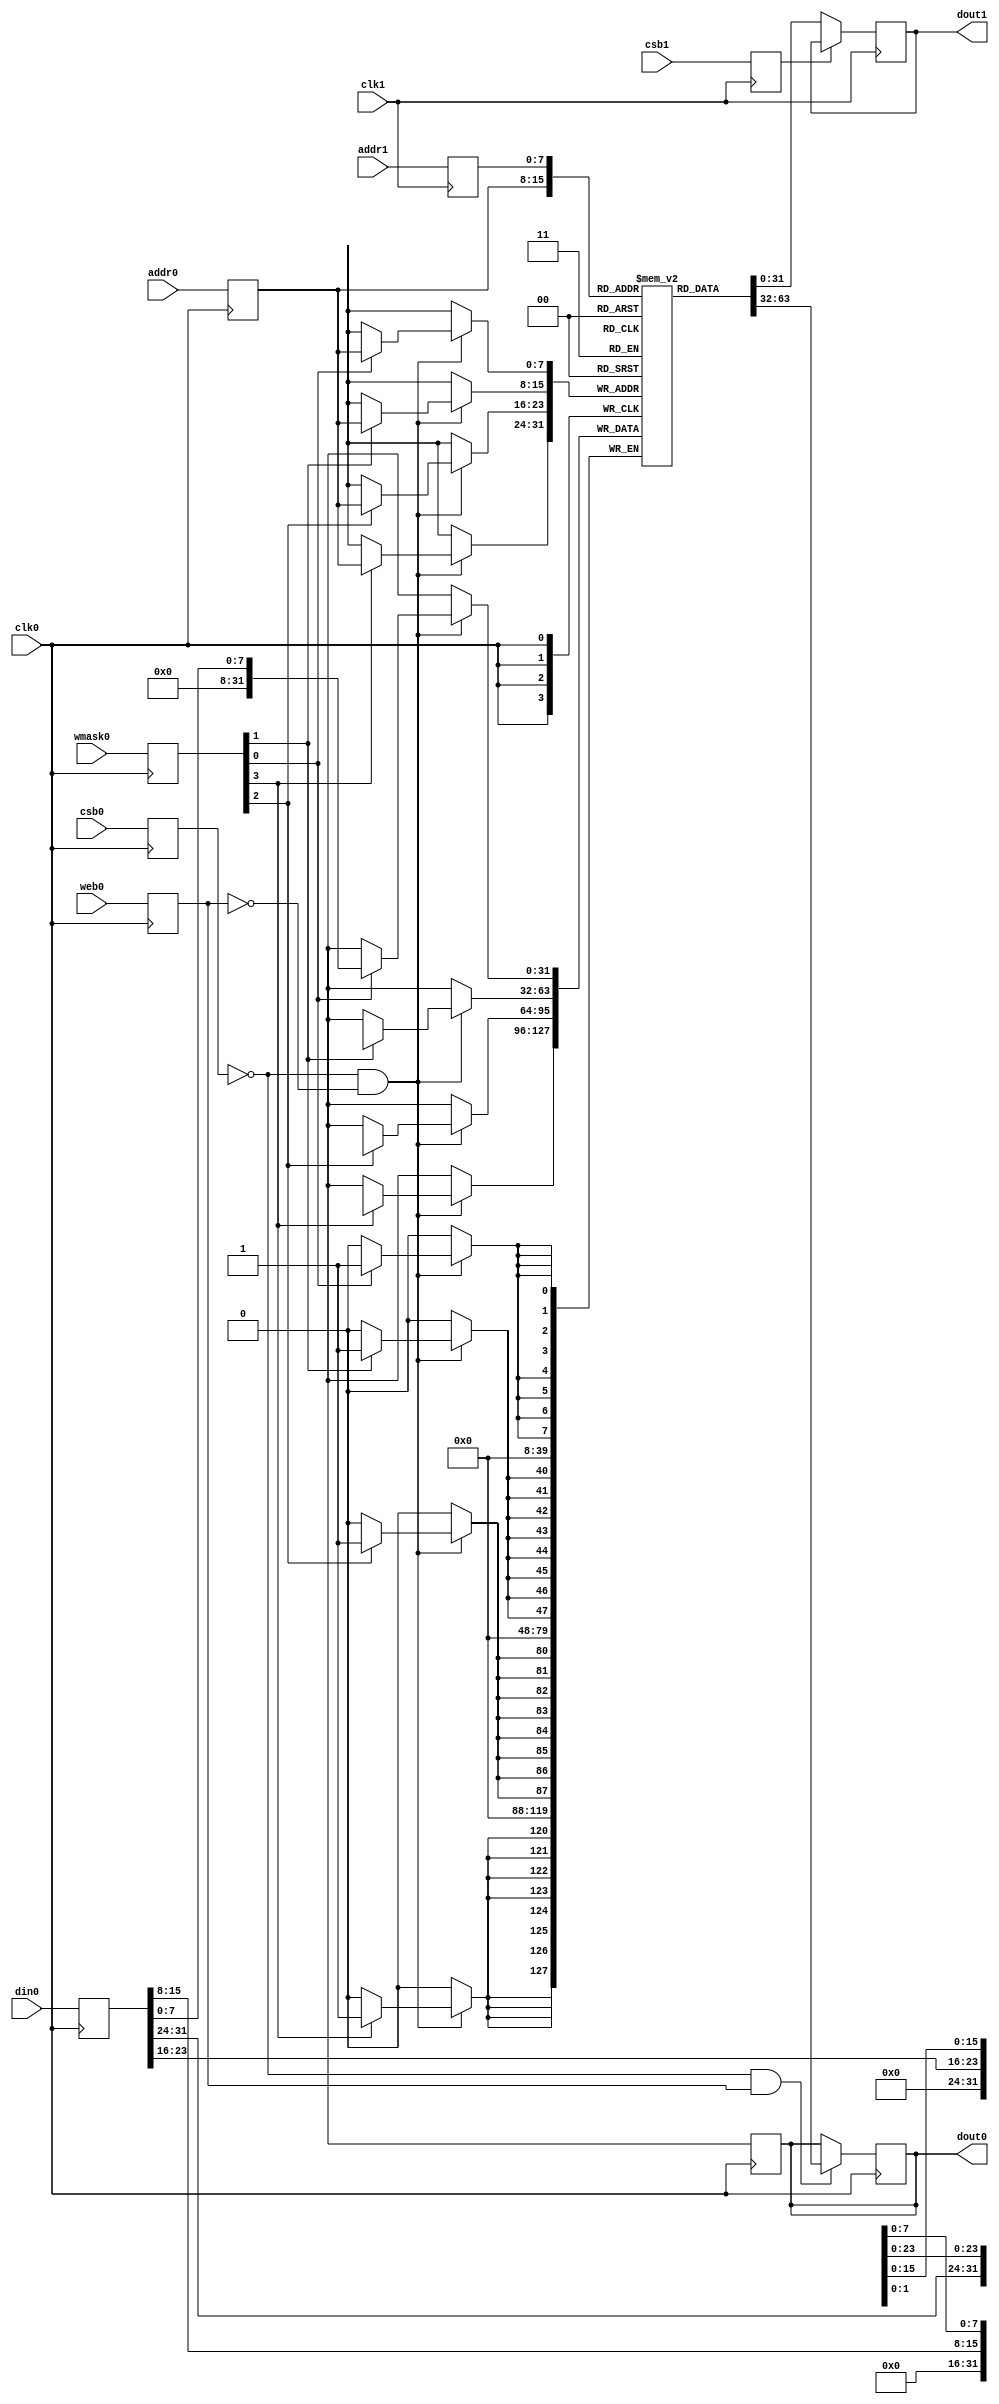
`default_nettype none
// OpenRAM SRAM model
// Words: 256
// Word size: 32
// Write size: 8

module sram_1rw1r_32_256_8_sky130(
`ifdef USE_POWER_PINS
	vdd,
	gnd,
`endif
// Port 0: RW
    clk0,csb0,web0,wmask0,addr0,din0,dout0,
// Port 1: R
    clk1,csb1,addr1,dout1
  );

  parameter NUM_WMASKS = 4 ;
  parameter DATA_WIDTH = 32 ;
  parameter ADDR_WIDTH = 8 ;
  parameter RAM_DEPTH = 1 << ADDR_WIDTH;
  // FIXME: This delay is arbitrary.
  parameter DELAY = 3 ;

`ifdef USE_POWER_PINS
  inout vdd;
  inout gnd;
`endif
  input  clk0; // clock
  input   csb0; // active low chip select
  input  web0; // active low write control
  input [NUM_WMASKS-1:0]   wmask0; // write mask
  input [ADDR_WIDTH-1:0]  addr0;
  input [DATA_WIDTH-1:0]  din0;
  output [DATA_WIDTH-1:0] dout0;
  input  clk1; // clock
  input   csb1; // active low chip select
  input [ADDR_WIDTH-1:0]  addr1;
  output [DATA_WIDTH-1:0] dout1;

  reg  csb0_reg;
  reg  web0_reg;
  reg [NUM_WMASKS-1:0]   wmask0_reg;
  reg [ADDR_WIDTH-1:0]  addr0_reg;
  reg [DATA_WIDTH-1:0]  din0_reg;
  reg [DATA_WIDTH-1:0]  dout0;

  // All inputs are registers
  always @(posedge clk0)
  begin
    csb0_reg = csb0;
    web0_reg = web0;
    wmask0_reg = wmask0;
    addr0_reg = addr0;
    din0_reg = din0;
    dout0 = 32'bx;
`ifdef DBG
    if ( !csb0_reg && web0_reg ) 
      $display($time," Reading %m addr0=%b dout0=%b",addr0_reg,mem[addr0_reg]);
    if ( !csb0_reg && !web0_reg )
      $display($time," Writing %m addr0=%b din0=%b wmask0=%b",addr0_reg,din0_reg,wmask0_reg);
`endif 
   end

  reg  csb1_reg;
  reg [ADDR_WIDTH-1:0]  addr1_reg;
  reg [DATA_WIDTH-1:0]  dout1;

  // All inputs are registers
  always @(posedge clk1)
  begin
    csb1_reg = csb1;
    addr1_reg = addr1;
`ifdef DBG
    if (!csb0 && !web0 && !csb1 && (addr0 == addr1))
         $display($time," WARNING: Writing and reading addr0=%b and addr1=%b simultaneously!",addr0,addr1);
    dout1 = 32'bx;
    if ( !csb1_reg ) 
      $display($time," Reading %m addr1=%b dout1=%b",addr1_reg,mem[addr1_reg]);
`endif  
   end

reg [DATA_WIDTH-1:0]    mem [0:RAM_DEPTH-1];

  // Memory Write Block Port 0
  // Write Operation : When web0 = 0, csb0 = 0
  always @ (negedge clk0)
  begin : MEM_WRITE0
    if ( !csb0_reg && !web0_reg ) begin
        if (wmask0_reg[0])
                mem[addr0_reg][7:0] = din0_reg[7:0];
        if (wmask0_reg[1])
                mem[addr0_reg][15:8] = din0_reg[15:8];
        if (wmask0_reg[2])
                mem[addr0_reg][23:16] = din0_reg[23:16];
        if (wmask0_reg[3])
                mem[addr0_reg][31:24] = din0_reg[31:24];
    end
  end

  // Memory Read Block Port 0
  // Read Operation : When web0 = 1, csb0 = 0
  always @ (negedge clk0)
  begin : MEM_READ0
    if (!csb0_reg && web0_reg)
       dout0 <= #(DELAY) mem[addr0_reg];
  end

  // Memory Read Block Port 1
  // Read Operation : When web1 = 1, csb1 = 0
  always @ (negedge clk1)
  begin : MEM_READ1
    if (!csb1_reg)
       dout1 <= #(DELAY) mem[addr1_reg];
  end

endmodule
`default_nettype wire